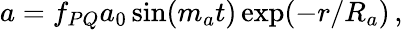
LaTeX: a=f_{PQ}a_{0}\sin(m_{a}t)\exp(-r/R_{a})\, ,